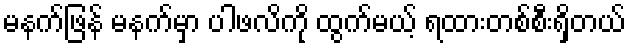
မနက်ဖြန် မနက်မှာ ပါဖလိကို ထွက်မယ့် ရထားတစ်စီးရှိတယ်